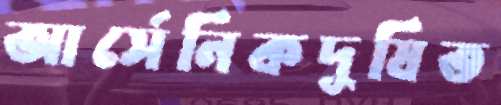
আর্সেনিকদূষিত